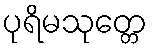
ပုရိမသုတ္တေ